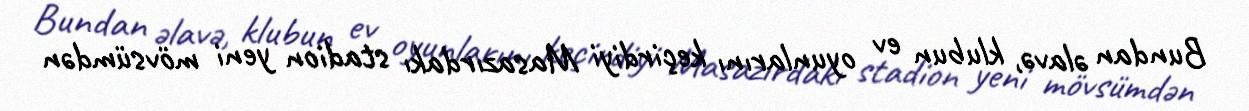
Bundan əlavə, klubun ev oyunlarını keçirdiyi Masazırdakı stadion yeni mövsümdən